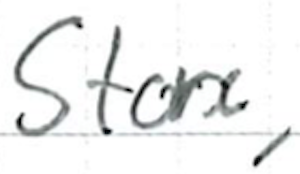
Text: Store,
Cross-out: clean
Writing tool: ballpoint